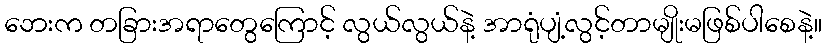
ဘေးက တခြားအရာတွေကြောင့် လွယ်လွယ်နဲ့ အာရုံပျံ့လွင့်တာမျိုးမဖြစ်ပါစေနဲ့။